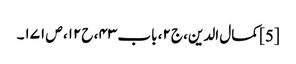
[5] کمال الدین، ج۲، باب ۴۳، ح۱۲، ص ۱۷۱۔